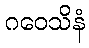
ဂဝေသိနံ